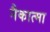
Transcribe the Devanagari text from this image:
नैकात्मा